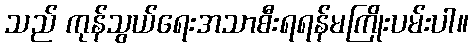
သည် ကုန်သွယ်ရေးအသာစီးရရန်မကြိုးပမ်းပါ။